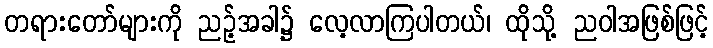
တရားတော်များကို ညဉ့်အခါ၌ လေ့လာကြပါတယ်၊ ထိုသို့ ညဝါအဖြစ်ဖြင့်